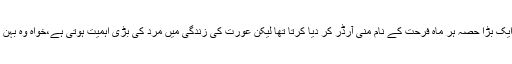
گو میں تنخواہ کا ایک بڑا حصہ ہر ماہ فرحت کے نام منی آرڈر کر دیا کرتا تھا لیکن عورت کی زندگی میں مرد کی بڑی اہمیت ہوتی ہے،خواہ وہ بہن ہو یا ماں یا بیوی۔